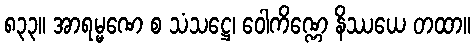
၈၃၃။ အာရမ္မဏေ စ သံသဋ္ဌေ၊ ဝေါကိဏ္ဏေ နိဿယေ တထာ။